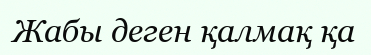
Жабы деген қалмақ қа